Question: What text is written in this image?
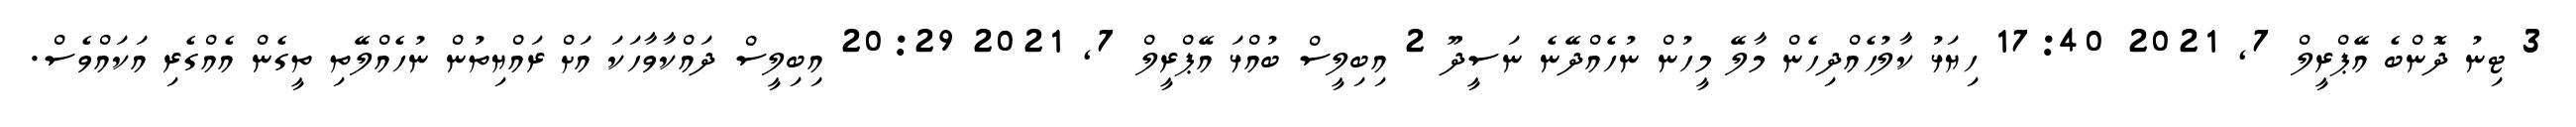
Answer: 3 ޓިނު ދޮންބެ އޭޕްރީލް 7, 2021 17:40 ހިޔަޅު ކާލުހެއްދިހެން މާލޭ މީހުން ނުހެއްދޭނެ ނަސީދޫ 2 އިބިލީސް ބުއްޅަ އޭޕްރީލް 7, 2021 20:29 އިބިލީސް ދައްކާވާހަކަ އަށް ރައްޔިތުން ނުހެއްލޭތި ތީގެން އެއްގެރި އަކައްވެސް.